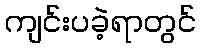
ကျင်းပခဲ့ရာတွင်